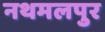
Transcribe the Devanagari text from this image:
नथमलपुर